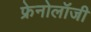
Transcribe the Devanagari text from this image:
फ्रेनोलॉजी